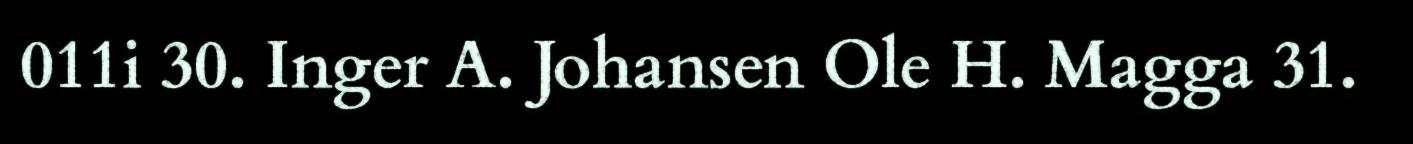
011i 30. Inger A. Johansen Ole H. Magga 31.